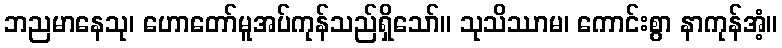
ဘညမာနေသု၊ ဟောတော်မူအပ်ကုန်သည်ရှိသော်။ သုသိဿာမ၊ ကောင်းစွာ နာကုန်အံ့။